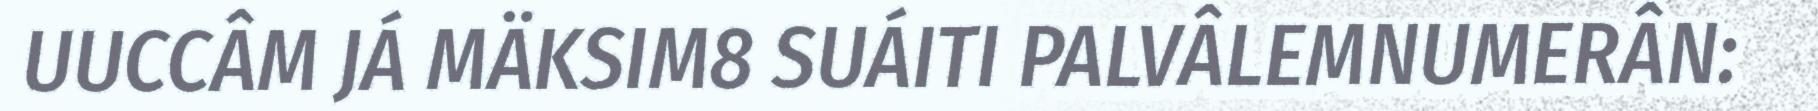
UUCCÂM JÁ MÄKSIM8 SUÁITI PALVÂLEMNUMERÂN: